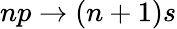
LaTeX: np\rightarrow(n+1)s